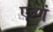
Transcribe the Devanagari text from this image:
एव्णं